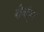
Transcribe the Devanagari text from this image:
बीजांकुरों